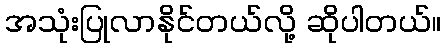
အသုံးပြုလာနိုင်တယ်လို့ ဆိုပါတယ်။